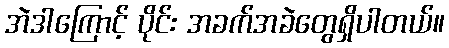
အဲဒါကြောင့် ပိုင်း အခက်အခဲတွေရှိပါတယ်။